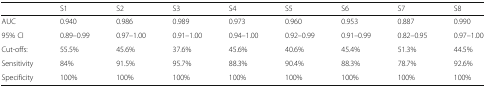
|  | S1 | S2 | S3 | S4 | S5 | S6 | S7 | S8 |
 | --- | --- | --- | --- | --- | --- | --- | --- | --- |
 | AUC | 0.940 | 0.986 | 0.989 | 0.973 | 0.960 | 0.953 | 0.887 | 0.990 |
 | 95% CI | 0.89–0.99 | 0.97–1.00 | 0.91–1.00 | 0.94–1.00 | 0.92–0.99 | 0.91–0.99 | 0.82–0.95 | 0.97–1.00 |
 | Cut-offs: | 55.5% | 45.6% | 37.6% | 45.6% | 40.6% | 45.4% | 51.3% | 44.5% |
 | Sensitivity | 84% | 91.5% | 95.7% | 88.3% | 90.4% | 88.3% | 78.7% | 92.6% |
 | Specificity | 100% | 100% | 100% | 100% | 100% | 100% | 100% | 100% |